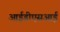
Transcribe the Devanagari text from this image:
आईडीएसआई